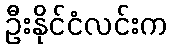
ဦးနိုင်ငံလင်းက